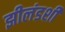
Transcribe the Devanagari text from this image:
झीलंडशी